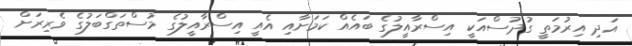
އަދި އިރުމަތީ ގުދުސްއަކީ އިސްރާއީލުގެ ބައެއް ކަމަށާއި އެއީ އިސްރާއީލުގެ މުސްތަގްބަލުގެ ވެރިރަށް